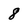
Character: 8